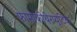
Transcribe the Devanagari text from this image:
फामाकोथेरप्यूटिक